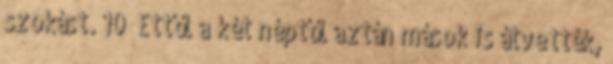
szokást. 10 Ettől a két néptől aztán mások is átvették,